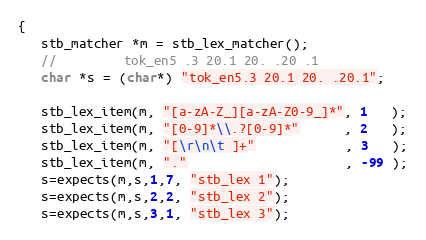
Language: C++
{
   stb_matcher *m = stb_lex_matcher();
   //         tok_en5 .3 20.1 20. .20 .1
   char *s = (char*) "tok_en5.3 20.1 20. .20.1";

   stb_lex_item(m, "[a-zA-Z_][a-zA-Z0-9_]*", 1   );
   stb_lex_item(m, "[0-9]*\\.?[0-9]*"      , 2   );
   stb_lex_item(m, "[\r\n\t ]+"            , 3   );
   stb_lex_item(m, "."                     , -99 );
   s=expects(m,s,1,7, "stb_lex 1");
   s=expects(m,s,2,2, "stb_lex 2");
   s=expects(m,s,3,1, "stb_lex 3");